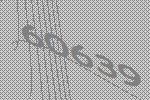
60639